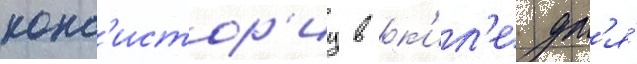
конс'истор'иу в к'ил'е дл'я́